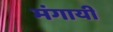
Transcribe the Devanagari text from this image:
मंगायीं